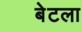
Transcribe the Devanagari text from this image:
बेटला